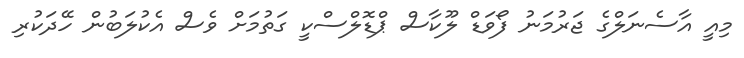
މިއީ އާސެނަލްގެ ޖަރުމަނު ފޯވަޑް ލޫކާސް ޕްޑޮލްސްކީ ގަތުމަށް ވެސް އެކުލަބުން ހޭދަކުރި